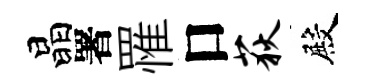
晶署罹口荻殿